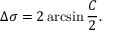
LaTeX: \Delta \sigma = 2 \arcsin { \frac { C } { 2 } } .